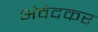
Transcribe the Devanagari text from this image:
अंवेदकर